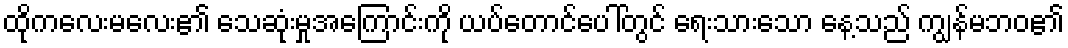
ထိုကလေးမလေး၏ သေဆုံးမှုအကြောင်းကို ယပ်တောင်ပေါ်တွင် ရေးသားသော နေ့သည် ကျွန်မဘဝ၏